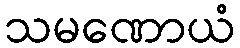
သမဏောယံ